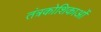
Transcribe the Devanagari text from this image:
तंत्रकोशिकाओं